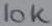
Text: 10K